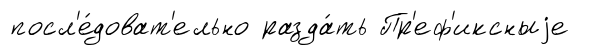
посл'е́доват'ельно разда́ть Пр'еф'иксныjе